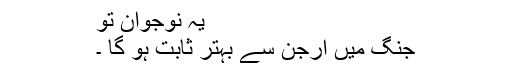
یہ نوجوان تو
جنگ میں ارجنؔ سے بہتر ثابت ہو گا ۔